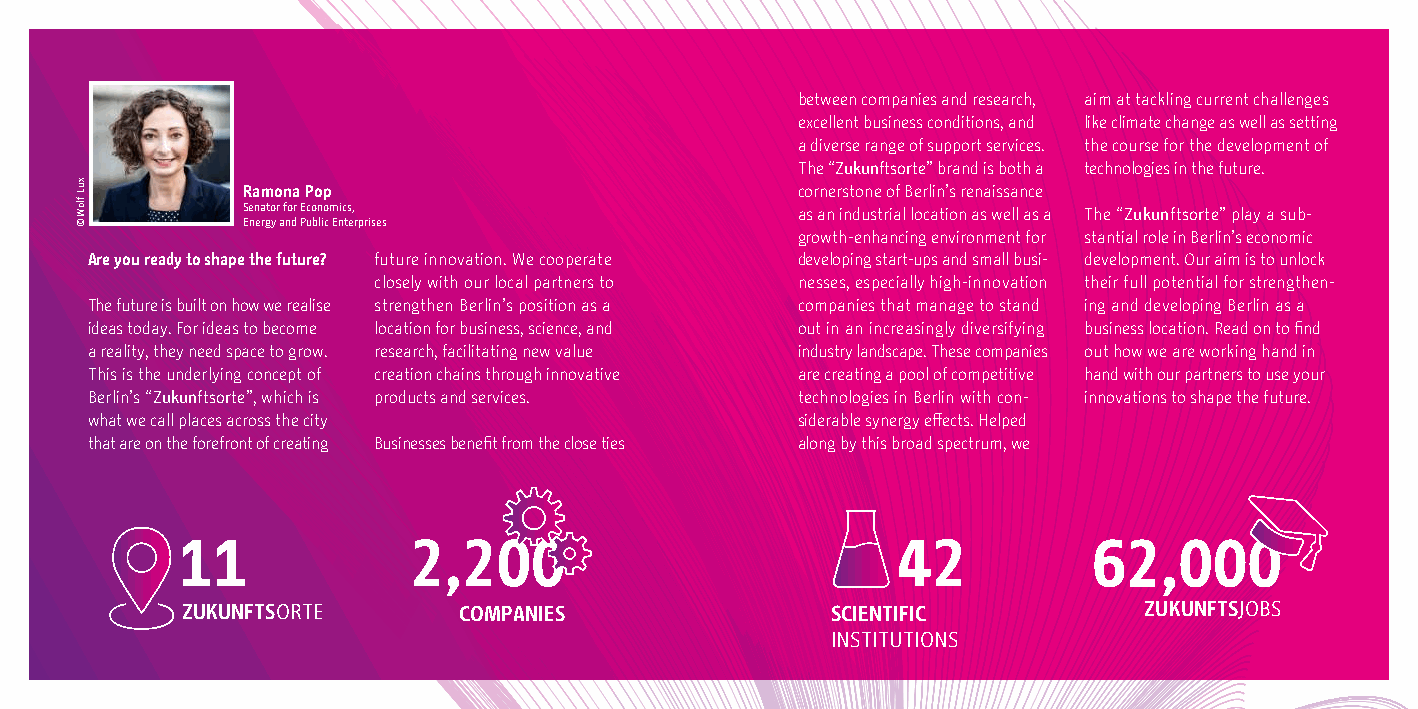
between companies and research, aim at tackling current challenges
 excellent business conditions, and like climate change as well as setting
 a diverse range of support services. the course for the development of
 The “Zukunftsorte” brand is both a technologies in the future.
 Ramona Pop                           cornerstone of Berlin’s renaissance
 Senator for Economics,               as an industrial location as well as a The “Zukunftsorte” play a sub-
 Energy and Public Enterprises
 growth-enhancing environment for stantial role in Berlin’s economic
 Are you ready to shape the future? future innovation. We cooperate developing start-ups and small busi- development. Our aim is to unlock
 closely with our local partners to nesses, especially high-innovation their full potential for strengthen-
 The future is built on how we realise strengthen Berlin’s position as a companies that manage to stand ing and developing Berlin as a
 ideas today. For ideas to become location for business, science, and out in an increasingly diversifying business location. Read on to find
 a reality, they need space to grow. research, facilitating new value industry landscape. These companies out how we are working hand in
 This is the underlying concept of creation chains through innovative are creating a pool of competitive hand with our partners to use your
 Berlin’s “Zukunftsorte”, which is products and services. technologies in Berlin with con- innovations to shape the future.
 what we call places across the city            siderable synergy effects. Helped
 that are on the forefront of creating Businesses benefit from the close ties along by this broad spectrum, we
 11             2,200                           42           62,000
 ZUKUNFTSORTE      COMPANIES                SCIENTIFIC           ZUKUNFTSJOBS
 INSTITUTIONS
 xuL
 floW
 ©